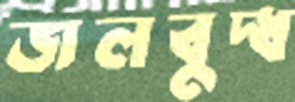
জলবুদ্ধ